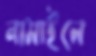
নামাইলে